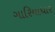
ગારિયાધાર